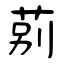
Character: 莂